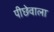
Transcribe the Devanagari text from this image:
पीछेवाला